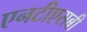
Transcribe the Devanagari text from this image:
एनटीएसबी